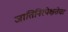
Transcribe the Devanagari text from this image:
जातिनिरपेक्षतेचा